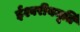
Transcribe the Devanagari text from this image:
ईश्वरीयमूर्ति